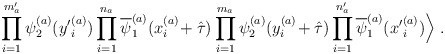
\begin{align*}\prod_{i=1}^{m^\prime_a} \psi^{(a)}_2({y^\prime}_i^{(a)})\prod_{i=1}^{n_a} \overline{\psi}^{(a)}_1(x_i^{(a)}\!+ \hat{\tau})\prod_{i=1}^{m_a} \psi^{(a)}_2(y_i^{(a)}\!+ \hat{\tau})\prod_{i=1}^{n^\prime_a} \overline{\psi}^{(a)}_1({x^\prime}^{(a)}_i)\Big \rangle \; .\end{align*}